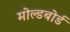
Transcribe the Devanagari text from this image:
मोल्डबोर्ड